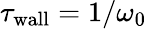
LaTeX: \tau_{\mathrm{wall}}=1/\omega_{0}